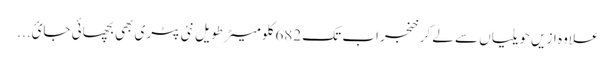
علاوہ ازیں حویلیاں سے لے کر خنجراب تک 682 کلومیٹر طویل نئی پٹری بھی بچھائی جائ...